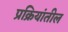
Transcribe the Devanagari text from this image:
प्रक्रियांतील